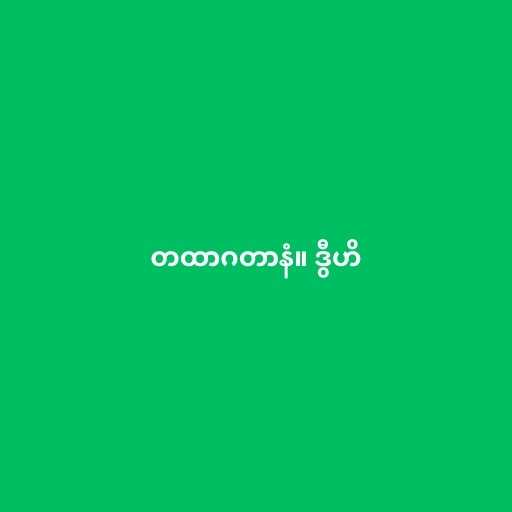
တထာဂတာနံ။ ဒွီဟိ